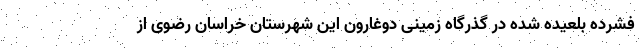
فشرده بلعیده شده در گذرگاه زمینی دوغارون این شهرستان خراسان رضوی از